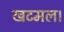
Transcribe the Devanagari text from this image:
खटमल।